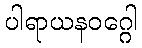
ပါရာယနဝဂ္ဂေါ